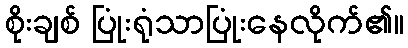
စိုးချစ် ပြုံးရုံသာပြုံးနေလိုက်၏။